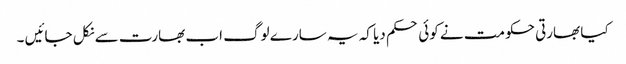
کیا بھارتی حکومت نے کوئی حکم دیا کہ یہ سارے لوگ اب بھارت سے نکل جائیں ۔